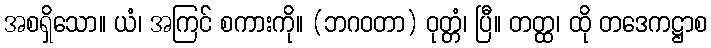
အစရှိသော။ ယံ၊ အကြင် စကားကို။ (ဘဂဝတာ) ဝုတ္တံ၊ ပြီ။ တတ္ထ၊ ထို တဒေကဋ္ဌာစ